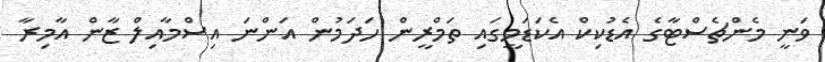
ވަނީ މެންޗެސްޓާގެ އެޑުކިކް އެކަޑަމީގައި ތަމްރީން ހަދަމުން އަންނަ އިސްމާއިލް ޒާން އާމިރާ